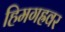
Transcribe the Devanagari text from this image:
हिमगह्रवर